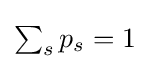
{\textstyle \sum _{s}p_{s}=1}